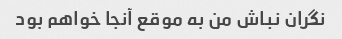
نگران نباش من به موقع آنجا خواهم بود